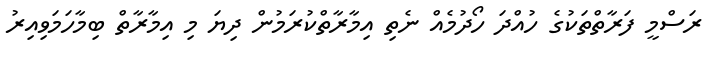
ރަސްމީ ފަރާތްތަކުގެ ހުއްދަ ހޯދުމެއް ނެތި އިމާރާތްކުރަމުން ދިޔަ މި އިމާރާތް ބިމާހަމަވިއިރު